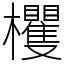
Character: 欔